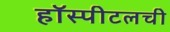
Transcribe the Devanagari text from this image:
हॉस्पीटलची